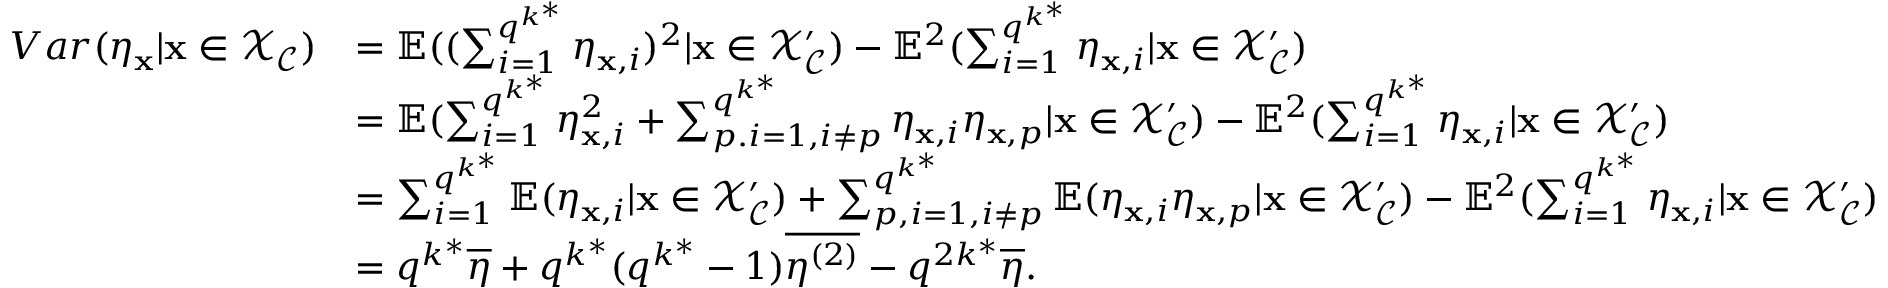
\begin{array} { r l } { V a r ( \eta _ { \mathbf { x } } | \mathbf { x } \in \mathcal { X } _ { \mathcal { C } } ) } & { = \mathbb { E } ( ( \sum _ { i = 1 } ^ { q ^ { k ^ { * } } } \eta _ { \mathbf { x } , i } ) ^ { 2 } | \mathbf { x } \in \mathcal { X } _ { \mathcal { C } } ^ { \prime } ) - \mathbb { E } ^ { 2 } ( \sum _ { i = 1 } ^ { q ^ { k ^ { * } } } \eta _ { \mathbf { x } , i } | \mathbf { x } \in \mathcal { X } _ { \mathcal { C } } ^ { \prime } ) } \\ & { = \mathbb { E } ( \sum _ { i = 1 } ^ { q ^ { k ^ { * } } } \eta _ { \mathbf { x } , i } ^ { 2 } + \sum _ { p . i = 1 , i \neq p } ^ { q ^ { k ^ { * } } } \eta _ { \mathbf { x } , i } \eta _ { \mathbf { x } , p } | \mathbf { x } \in \mathcal { X } _ { \mathcal { C } } ^ { \prime } ) - \mathbb { E } ^ { 2 } ( \sum _ { i = 1 } ^ { q ^ { k ^ { * } } } \eta _ { \mathbf { x } , i } | \mathbf { x } \in \mathcal { X } _ { \mathcal { C } } ^ { \prime } ) } \\ & { = \sum _ { i = 1 } ^ { q ^ { k ^ { * } } } \mathbb { E } ( \eta _ { \mathbf { x } , i } | \mathbf { x } \in \mathcal { X } _ { \mathcal { C } } ^ { \prime } ) + \sum _ { p , i = 1 , i \neq p } ^ { q ^ { k ^ { * } } } \mathbb { E } ( \eta _ { \mathbf { x } , i } \eta _ { \mathbf { x } , p } | \mathbf { x } \in \mathcal { X } _ { \mathcal { C } } ^ { \prime } ) - \mathbb { E } ^ { 2 } ( \sum _ { i = 1 } ^ { q ^ { k ^ { * } } } \eta _ { \mathbf { x } , i } | \mathbf { x } \in \mathcal { X } _ { \mathcal { C } } ^ { \prime } ) } \\ & { = q ^ { k ^ { * } } \overline { { \eta } } + q ^ { k ^ { * } } ( q ^ { k ^ { * } } - 1 ) \overline { { \eta ^ { ( 2 ) } } } - q ^ { 2 k ^ { * } } \overline { { \eta } } . } \end{array}